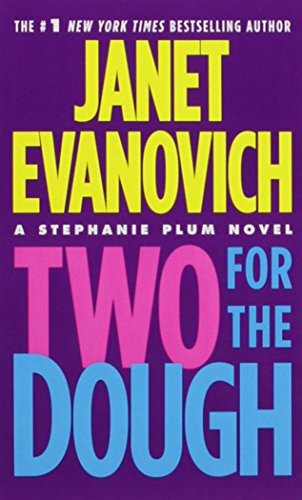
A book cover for Two for the Dough (Stephanie Plum, No. 2) (Stephanie Plum Novels); Janet Evanovich; Romance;